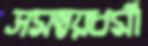
সমন্বয়ধর্মী